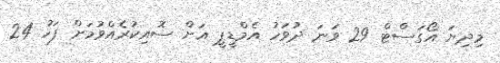
މިދިޔަ އޯގަސްޓް 29 ވަނަ ދުވަހު އެމްޑީޕީ އަށް ސޮއިކުރެއްވުމަށް ފަހު 24